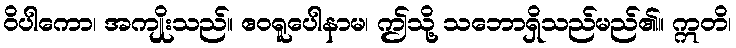
ဝိပါကော၊ အကျိုးသည်။ ဧဝရူပေါနာမ၊ ဤသို့ သဘောရှိသည်မည်၏။ ဣတိ၊